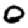
Digit: 0